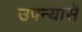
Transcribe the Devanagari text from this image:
उपन्यासें